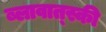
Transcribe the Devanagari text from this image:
ब्लावात्स्की